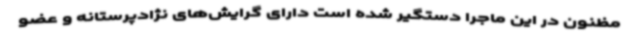
مظنون در این ماجرا دستگیر شده است دارای گرایش‌های نژادپرستانه و عضو